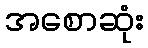
အစောဆုံး